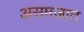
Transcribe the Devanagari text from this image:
असमजात